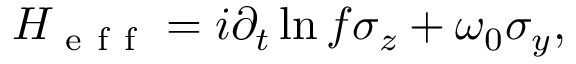
H _ { \mathrm { ~ e ~ f ~ f ~ } } = i \partial _ { t } \ln f \sigma _ { z } + \omega _ { 0 } \sigma _ { y } ,